Studies on the mouth parts a Comparative anatomy of the proboscis in the blood-sucking muscidae - Number 60
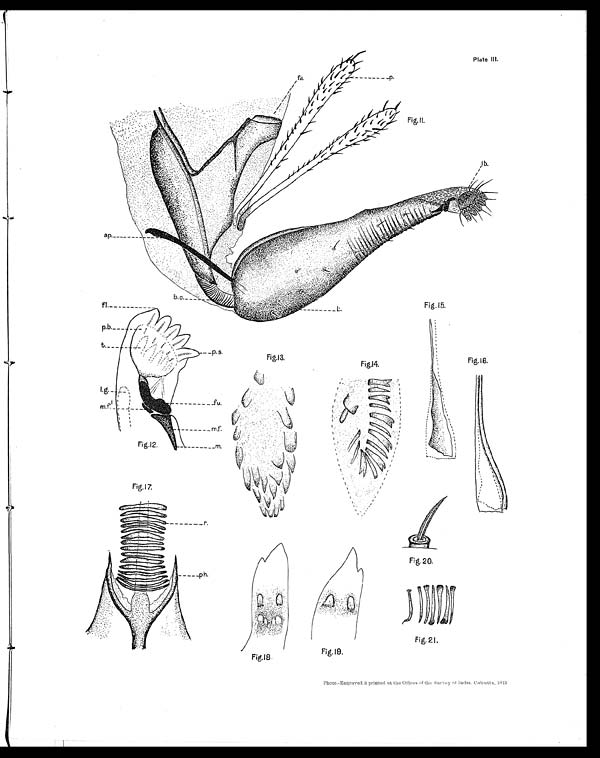
Fig. 16.
Plate III.
Fig. 11.
Fig. 12.
Fig.13.
Fig.14.
Fig. 15.
Fig. 17.
Fig.18
Fig.19.
Fig, 20.
Fig. 21.
Photo.-Engraved & printed at the Offices of the Survey of India. Calcutta, 1913